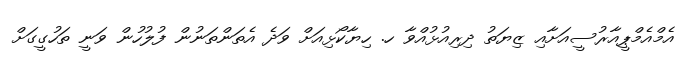
އެމްއެމްޕީއާރުސީއަށާއި ޒިޔަތު ދިރިއުޅުއްވާ ހ. ހިޔާކޯޅިއަށް ވަދެ އެތަންތަނުން ފުލުހުން ވަނީ ތަހުގީގަށް